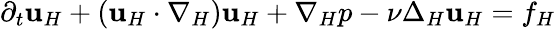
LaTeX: \partial_{t}\mathbf{u}_{H}+(\mathbf{u}_{H}\cdot\nabla_{H})\mathbf{u}_{H}+\nabla_{H}p-\nu\Delta_{H}\mathbf{u}_{H}=f_{H}